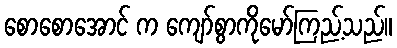
စောစောအောင် က ကျော်စွာကိုမော်ကြည့်သည်။